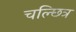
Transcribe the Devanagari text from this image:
चल्छित्र